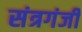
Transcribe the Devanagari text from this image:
संत्रगंजी